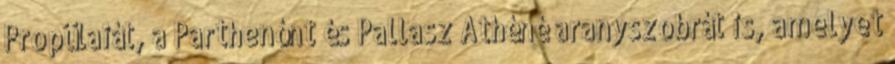
Propülaiát, a Parthenónt és Pallasz Athéné aranyszobrát is, amelyet